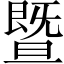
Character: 暨